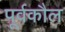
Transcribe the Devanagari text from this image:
पूर्वकौल